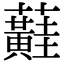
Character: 蘳